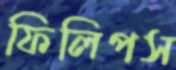
ফিলিপস